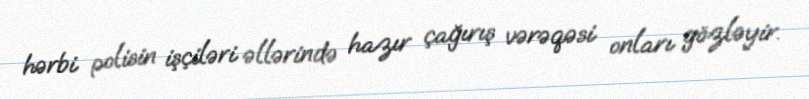
hərbi polisin işçiləri əllərində hazır çağırış vərəqəsi onları gözləyir.